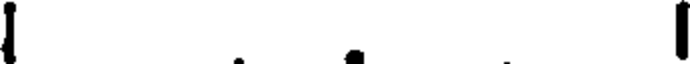
.